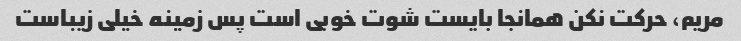
مریم، حرکت نکن همانجا بایست شوت خوبی است پس زمینه خیلی زیباست